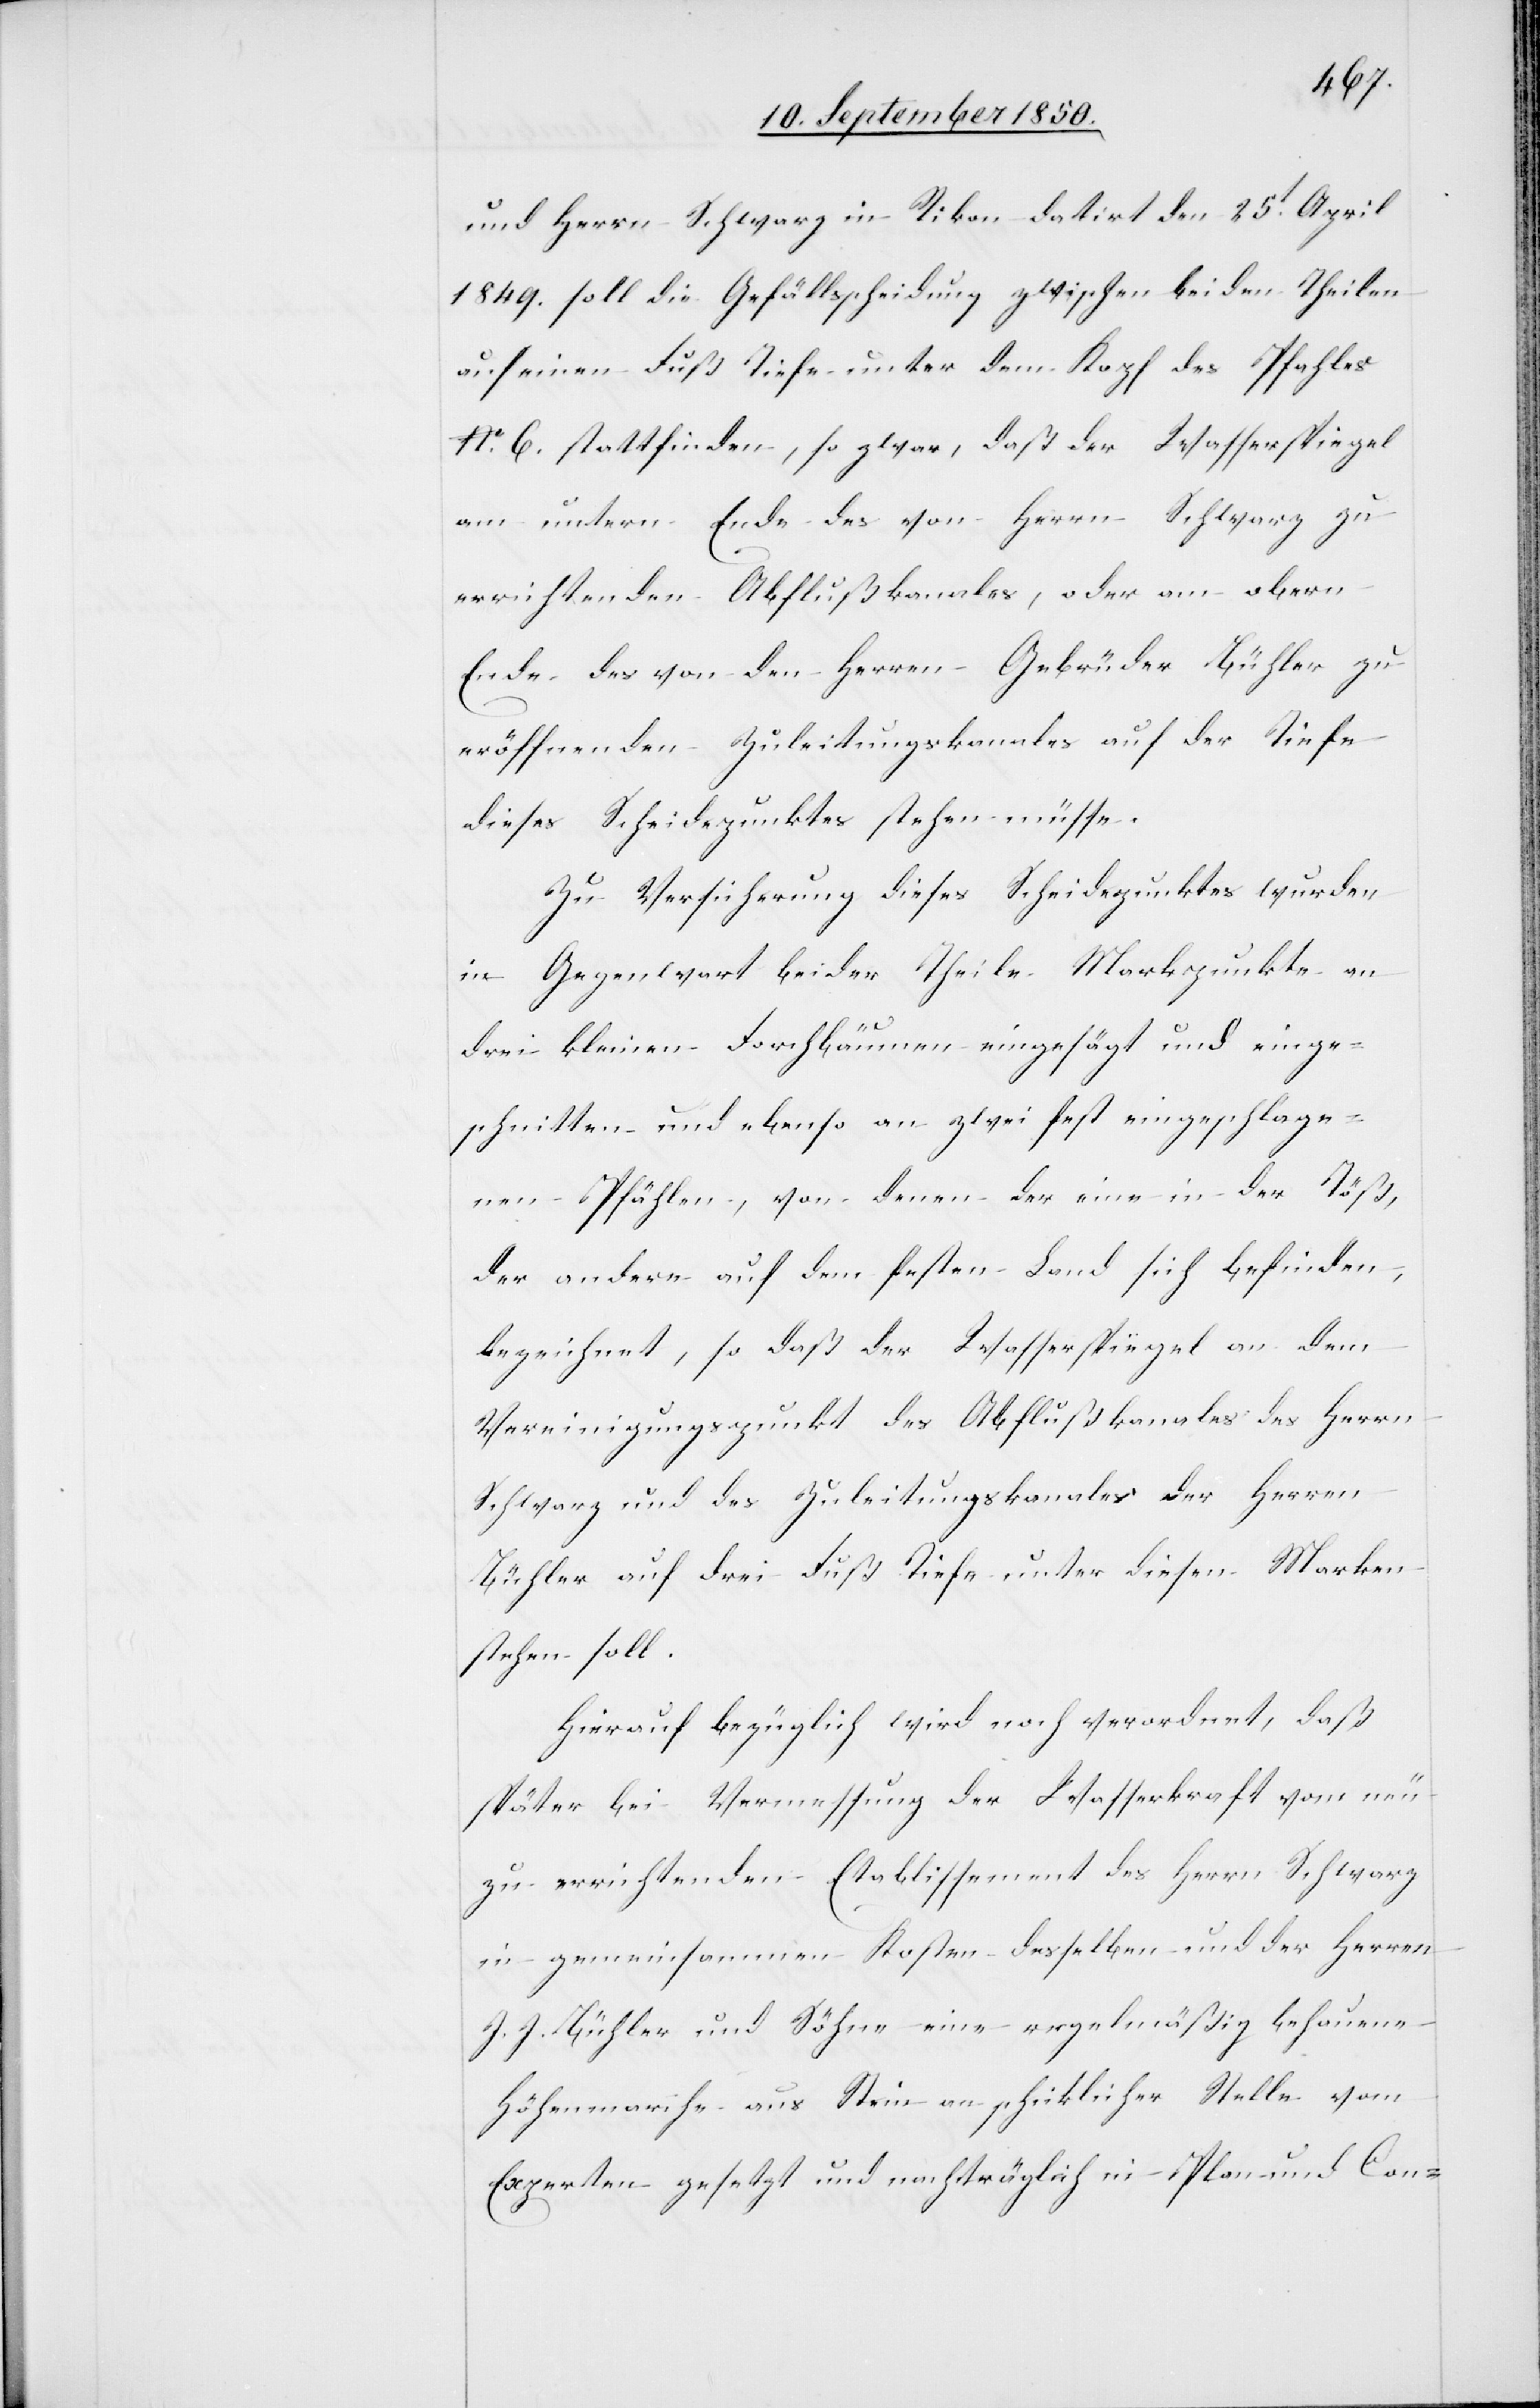
und Herrn Schwarz in Rikon datirt den 25t April
1849. soll die Gefällsscheidung zwischen beiden Theilen
auf einen Fuß Tiefe unter dem Kopf des Pfahles
No. 6. stattfinden, so zwar, daß der Wasserspiegel
am untern Ende des von Herrn Schwarz zu
errichtenden Abflußkanales, oder am obern
Ende des von den Herren Gebrüder Bühler zu
eröffnenden Zuleitungskanales auf der Tiefe
dieses Scheidepunktes stehen müsse.
Zu Versicherung dieses Scheidepunktes wurden
in Gegenwart beider Theile Markpunkte an
drei kleinen Forchbäumen eingesägt und einge¬
schnitten und ebenso an zwei fest eingeschlage¬
nen Pfählen, von denen der eine in der Töß,
der andere auf dem festen Land sich befinden,
bezeichnet, so daß der Wasserspiegel an dem
Vereinigungspunkt des Abflußkanales des Herrn
Schwarz und des Zuleitungskanales der Herren
Bühler auf drei Fuß Tiefe unter diesen Marken
stehen soll.
Hierauf bezüglich wird noch verordnet, daß
später bei Vermessung der Wasserkraft vom neu
zu errichtenden Etablissement des Herrn Schwarz
in gemeinsammen Kosten desselben und der Herren
J. J. Bühler und Söhne eine regelmäßig behauene
Höhenmarche aus Stein an schicklicher Stelle vom
Experten gesetzt und nachträglich in Plan und Con-